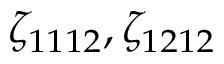
\zeta _ { 1 1 1 2 } , \zeta _ { 1 2 1 2 }